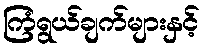
ကြံရွယ်ချက်များနှင့်